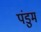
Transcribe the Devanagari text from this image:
पंडुम